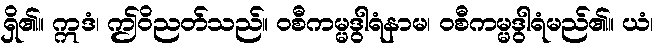
ရှိ၏။ ဣဒံ၊ ဤဝိညတ်သည်။ ဝစီကမ္မဒွါရံနာမ၊ ဝစီကမ္မဒွါရံမည်၏။ ယံ၊